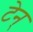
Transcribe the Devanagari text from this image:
टेन्